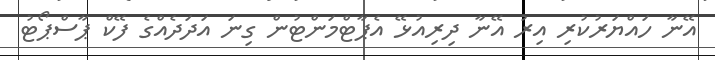
އޭނާ ހައްޔަރުކުރި އިރު އޭނާ ދިރިއުޅޭ އެޕާޓްމަންޓުން ގިނަ އަދަދެއްގެ ފޭކް ޕާސްޕޯޓު